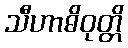
သီဟာဓိဝုတ္တိ